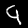
Label: 9